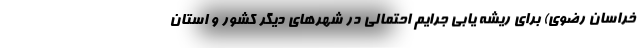
خراسان رضوی) برای ریشه یابی جرایم احتمالی در شهر‌های دیگر کشور و استان